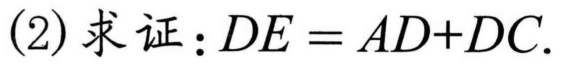
(2) 求证：$DE = AD + DC.$